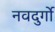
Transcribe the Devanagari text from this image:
नवदुर्गो